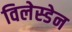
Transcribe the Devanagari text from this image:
विलेस्डेन